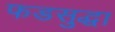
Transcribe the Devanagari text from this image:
फडसुद्धा